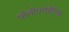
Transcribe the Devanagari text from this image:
पोलीएरोमैटिक